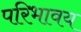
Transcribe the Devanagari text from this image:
परिभावय